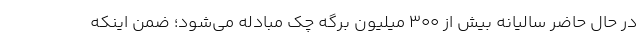
در حال حاضر سالیانه بیش از ۳۰۰ میلیون برگه چک مبادله می‌شود؛ ضمن اینکه